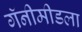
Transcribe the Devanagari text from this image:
गॅनीमीडला